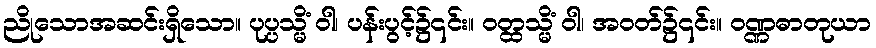
ညိုသောအဆင်းရှိသော။ ပုပ္ပသ္မိံ ဝါ၊ ပန်းပွင့်၌၎င်း။ ဝတ္ထသ္မိံ ဝါ၊ အဝတ်၌၎င်း။ ဝဏ္ဏဓာတုယာ